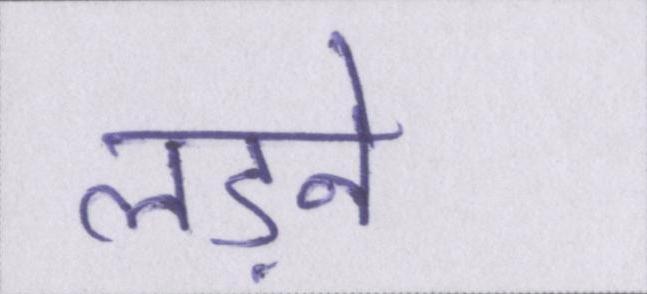
लड़ने